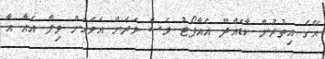
އޭގެ އިތުރުން ކާޑެއްދޫ އެއާޕޯޓު ވެސް ވަރަށް އަވަހަށް ވިލާ އެއާ އާ